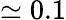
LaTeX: \simeq 0.1